Lunatic asylums Punjab 1881-1894 - 1881-1894
Year: 1881
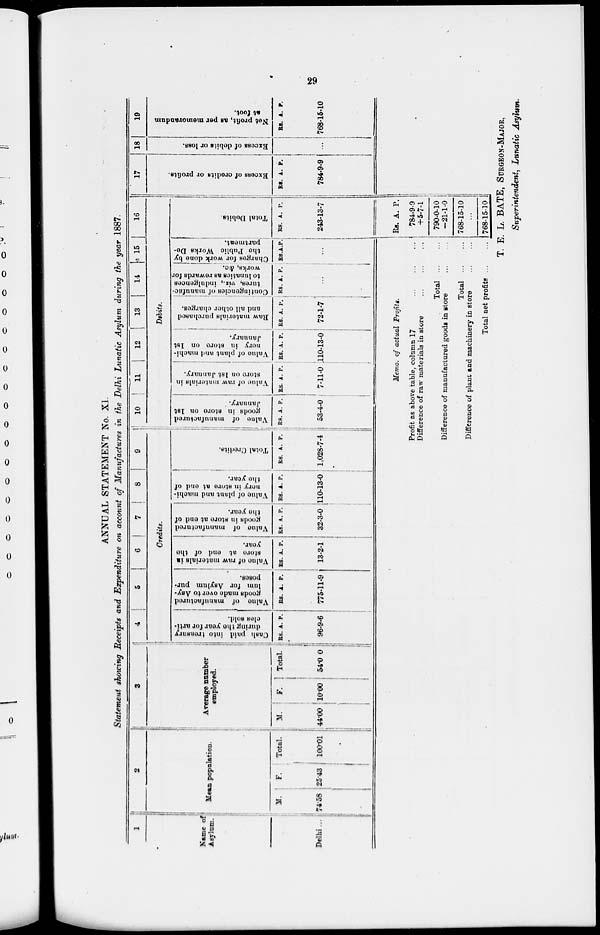
29
ANNUAL STATEMENT No. XI.
Statement showing Receipts and Expenditure on account of Manufactures in the Delhi Lunatic Asylum during the year 1887.
1
Name of
Asylum.
Delhi ...
2
Mean population.
M.
74.58
F.
25.43
Total.
100.01
3
Average number
employed.
M.
44.00
F.
10.00
Total.
54.00
4
5
6
7
8
9
Credits.
Cash paid into treasury
during the year for arti-
cles sold.
RS. A. P.
96-9-6
Value
of manufactured
goods made over
to Asy-
lum for Asylum pur-
poses.
RS. A. P.
775-11-9
Value
of raw materials in
storo at and of the
year.
RS. A. P.
13-2-1
Value of manufactured
goods in store at end of
the year.
RS. A. P.
32-3-0
Value of plant and machi-
nery
in store at end of
the year.
RS. A. P.
110-13-0
Total Credits.
RS. A. P.
1,028-7-4
10
11
12 13 14 15
16
Debits.
Value
of manufactured
goods in store on 1st
January.
RS. A. P.
53-4-0
Value of raw materials in
store on 1st January.
RS. A. P.
7-11-0
Value of plant and machi-
nery in store on 1st
January.
RS. A. P.
110-13-0
Raw materials purchased
and all other charges.
RS. A. P.
72-1-7
Contingencies of manufac-
tures, vix., indulgences
to lunatics as rewards for
works, &c.
RS. A. P.
...
Charges for work done by
the Public Works De-
partment.
RS.A.P.
...
Total Debits.
RS. A. P.
243-13-7
17
Excess of credits or profits.
RS. A. P.
784-9-9
18
Excess of debits or loss.
...
19
Net profit, as per memorandum
at foot.
RS. A. P.
768-15-10
Memo, of actual Profits.
Profit as above table, column 17
...
...
...
Difference of raw materials in store ... ... ...
Total
...
...
Difference of manufactured goods in store ... ...
Total
...
...
Difference of plant and machinery in store ... ...
Total net profits
...
...
Rs. A. P.
784-9-9
+5-7-1
790-0-10
-21-1-0
768-15-10
...
768-15-10
T. E. L. BATE, SURGEON-MAJOR,
Superintendent, Lunatic Asylum.